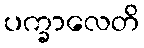
ပက္ခာလေတိ